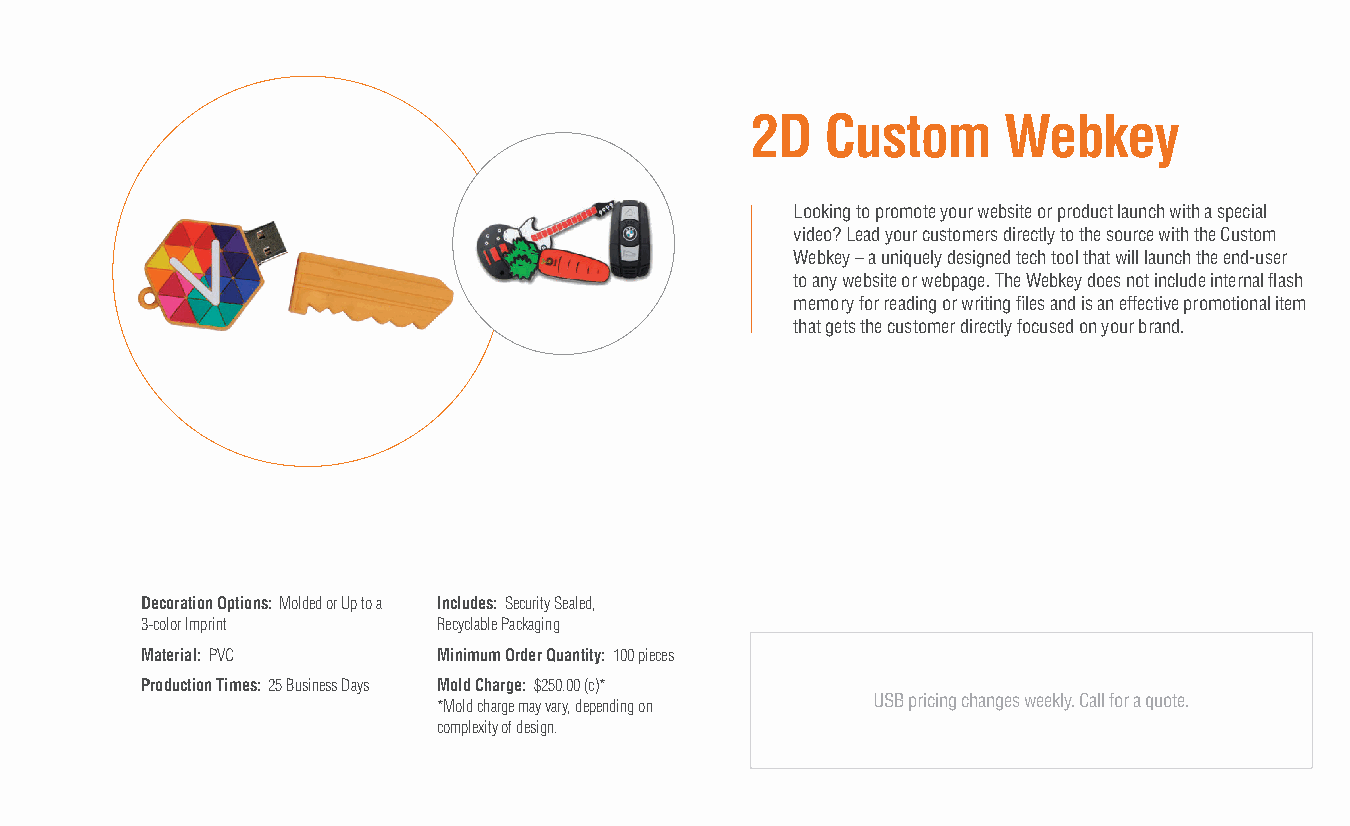
2D   Custom     Webkey
 Looking to promote your website or product launch with a special
 video? Lead your customers directly to the source with the Custom
 Webkey – a uniquely designed tech tool that will launch the end-user
 to any website or webpage. The Webkey does not include internal flash
 memory for reading or writing files and is an effective promotional item
 that gets the customer directly focused on your brand.
 Decoration Options: Molded or Up to a Includes: Security Sealed,
 3-color Imprint     Recyclable Packaging
 Material: PVC       Minimum Order Quantity: 100 pieces
 Production Times: 25 Business Days Mold Charge: $250.00 (c)*
 USB pricing changes weekly. Call for a quote.
 *Mold charge may vary, depending on
 complexity of design.